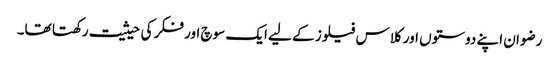
رضوان اپنے دوستوں اور کلاس فیلوز کے لیے ایک سوچ اور فکر کی حیثیت رکھتا تھا۔